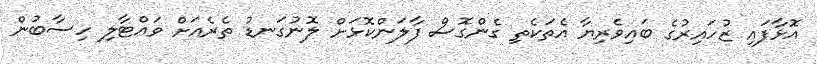
އޮޅާފައި ޒުހައިރުގެ ބައިވެރިޔާ އެތަކެތި ގެންގޮސް ފާލަންކޮޅަށް ލޮނުގަނޑު ތެރެއަށް ވައްޓާލި ހިސާބުން